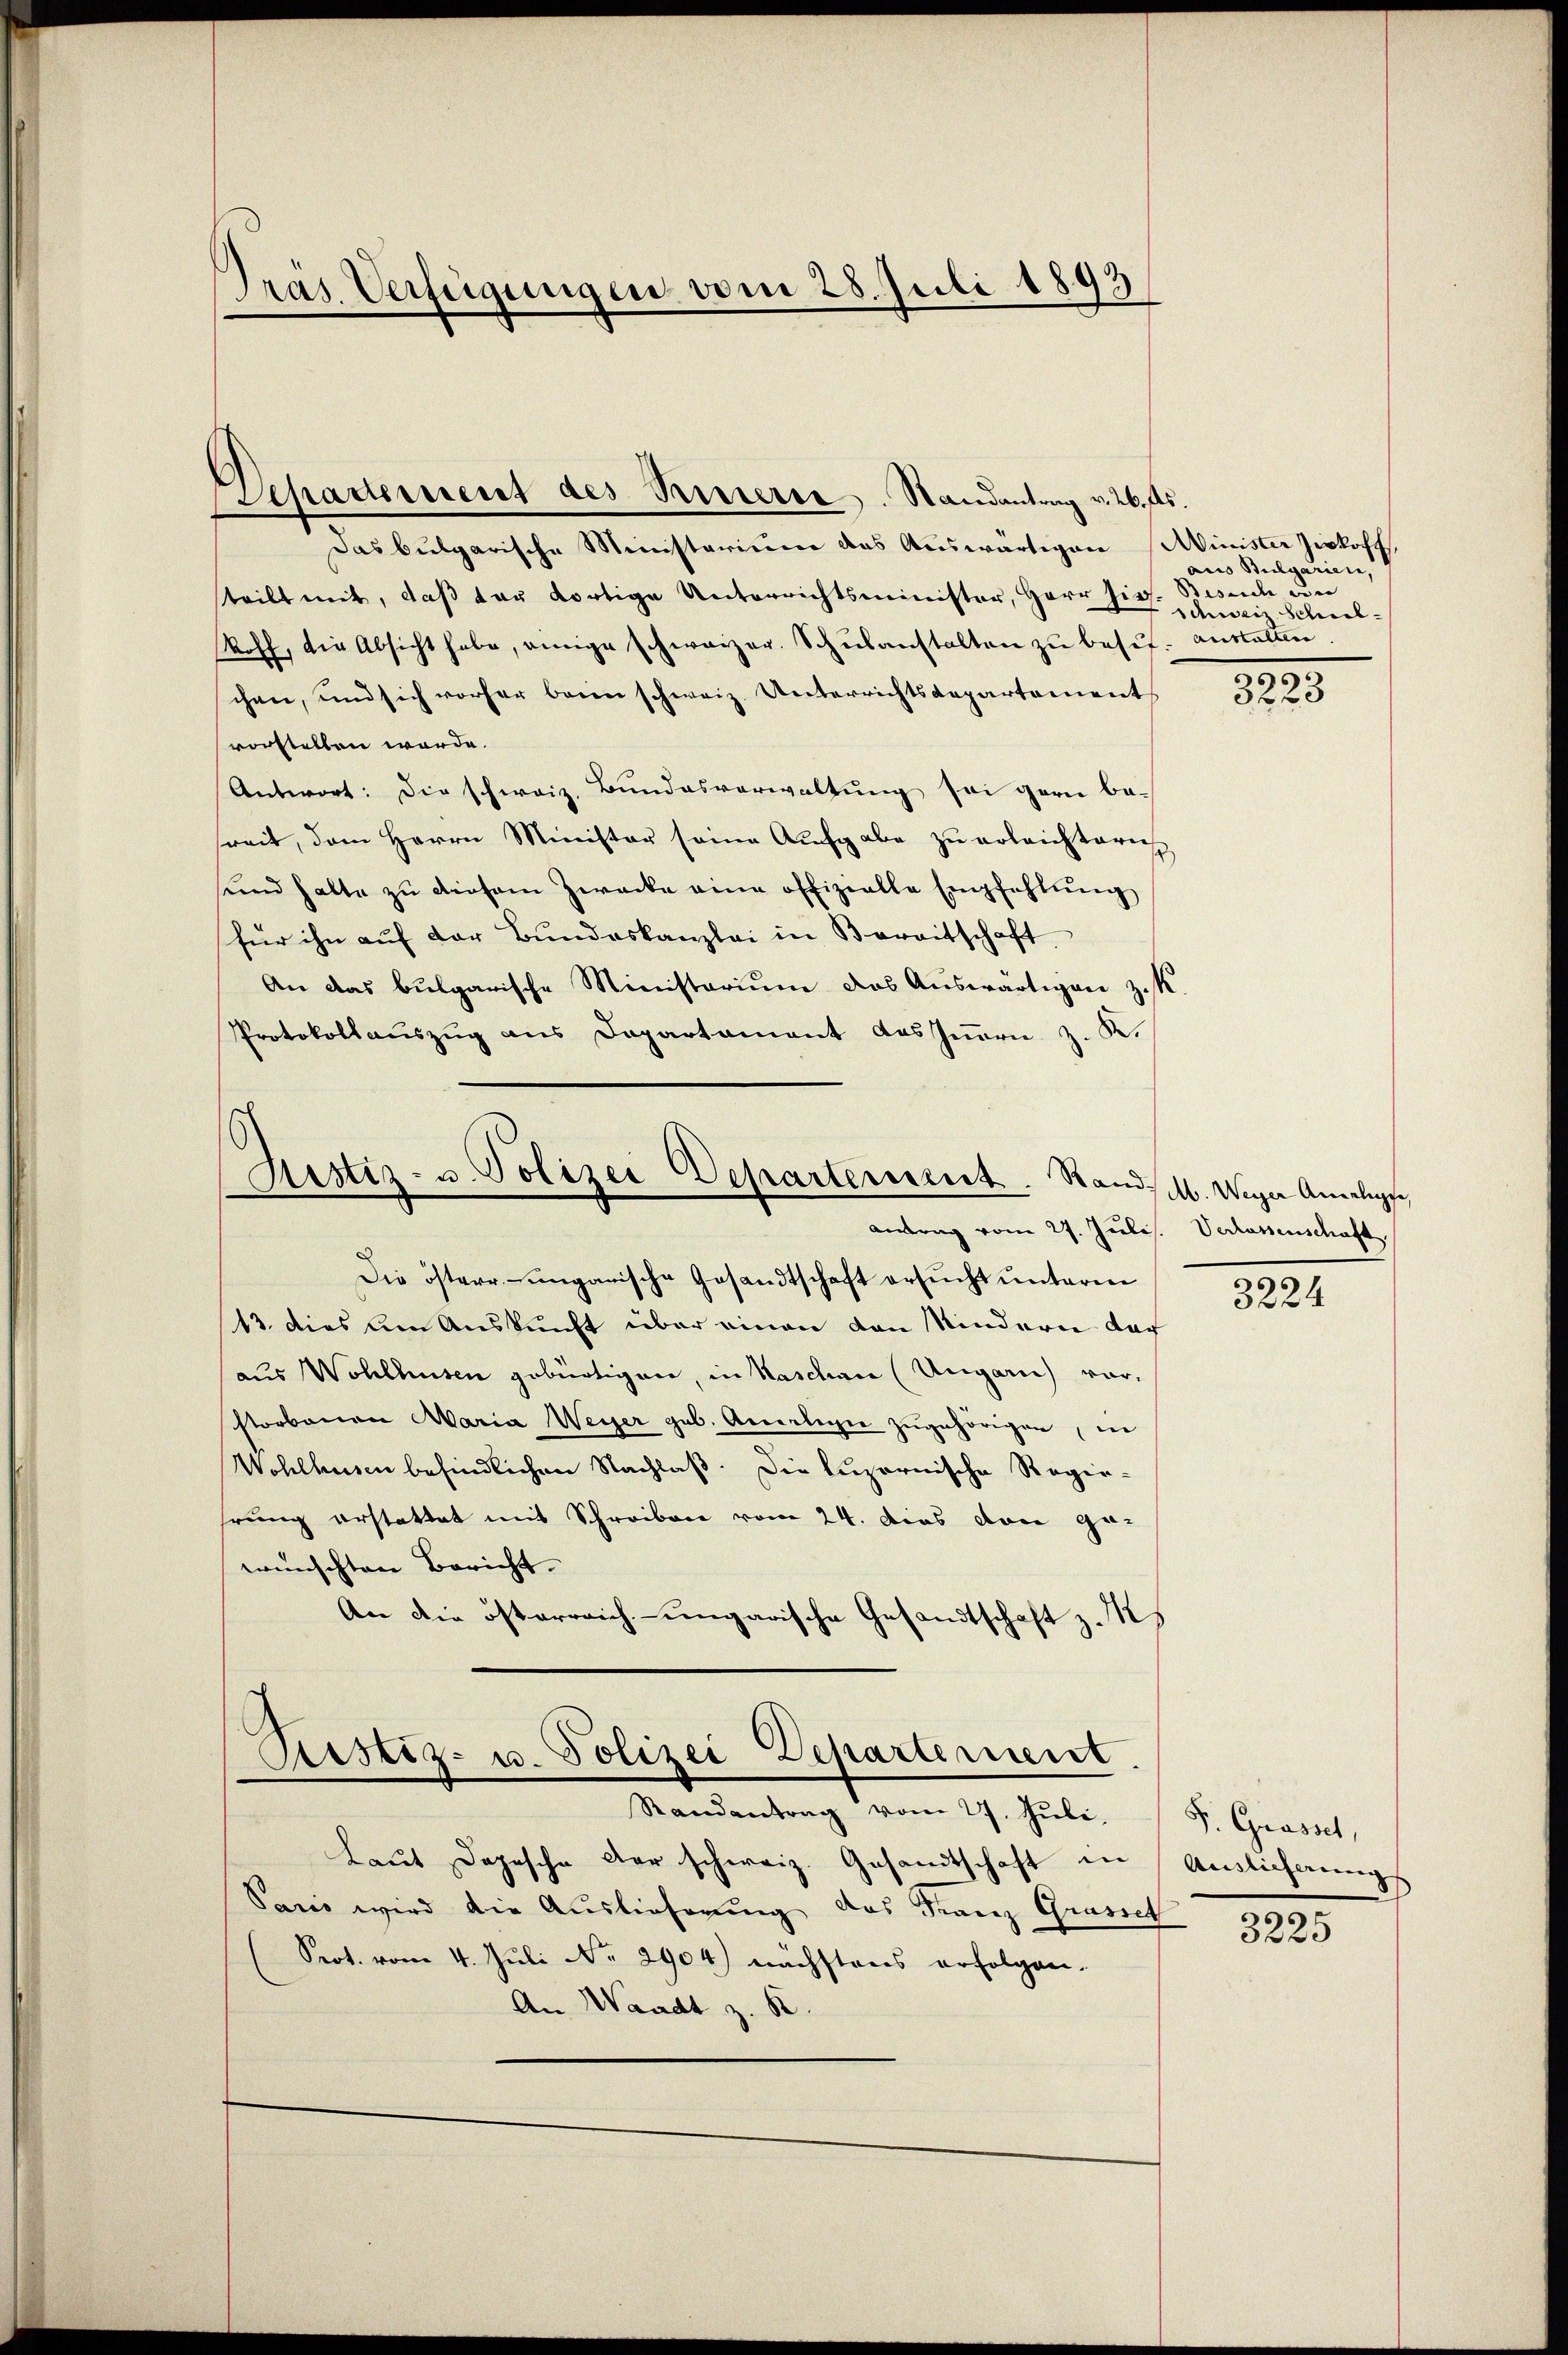
Präs. Verfügungen vom 28. Juli 1893

Separtement des Resterie. Randantrag v. 26. Als

Das bulgarische Ministerium das Auswärtigen Minister Zirkoff
steilt mit, daß der dortige Unterrichtsminister, Herr hies. Besuch an
off, die Absicht habe, einige schweizer. Schŭlanstalten zŭ besit
chen, und sich vorher beim schweiz. Unterrichtsdepartement
vorstellen werde.
Antwort: Die schweiz. Bundesverwaltung sei garn be-
sreit, dem Herrn Minister seine Aufgabe zu erleichterig
sund halte zŭ diesem Zwecke eine offizielle Empfehlŭng
für ihn auf der Bundeskanzlei in Bereitschaft
An das bulgarische Ministerium das Auswärtigen zuk
Protokollaŭszŭg ans Departament des Iṅern z. K.

Die österr. ungarische Gesandtschaft ersucht unterm
13. dies den Auskunft über einen von Mindern der
aus Wohlhusen gebürtigen, in Waschau (Ungarn) vor-
storbenen Maria Weier geb. Amseligie zugehörigen in
Wohlhusen befindlichen Nachlaβ. Die Luzernische Regiehrung erstattet mit Schreiben vom 24. Das von ge-
wünschten Bericht.
An die österreich-ungarische Gesandtschaft z.

Justiz- u. Polizei Departement. Stands ab. Weger Amalige
Antrag vom 27. Julis. Verlassenschaft.

Laut Depesche der schweiz. Gesandtschaft in Auslichnungs
Paris wird die Auslieferung das Franz Grasset
Prot. vom 4. Juli No 2904) nächstens erfolgen.
An Waadt z. B

Ersetz- u. Polizei Departement.
Randantrag vom 27. Jŭli. P. Grasset,

aus Bulgarien,
schweiz Schul¬
Anstalten

3223

3224

3225